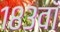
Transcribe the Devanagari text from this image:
१८३वॉ